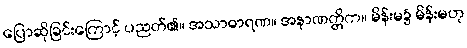
ပြောဆိုခြင်းကြောင့် ပညတ်၏။ အသာဓာရဏ။ အနာဏတ္တိက။ မိန်းမ၌ မိန်းမဟု